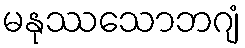
မနုဿသောဘဂျံ